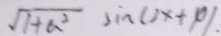
\sqrt { 1 + a ^ { 2 } } \sin ( 3 x + \varphi ) .